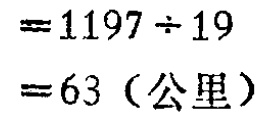
\[

\begin{align*}

&=1197\div19\\

& = 63 (\text{公里})

\end{align*}

\]